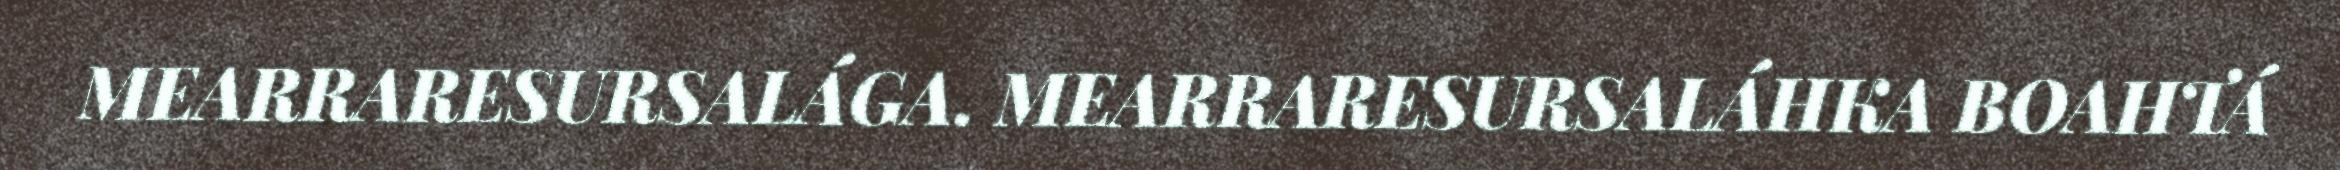
MEARRARESURSALÁGA. MEARRARESURSALÁHKA BOAHTÁ